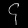
Digit: ၄